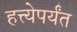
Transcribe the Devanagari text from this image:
हत्त्येपर्यंत